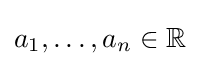
a_{1},\dots ,a_{n}\in \mathbb {R}